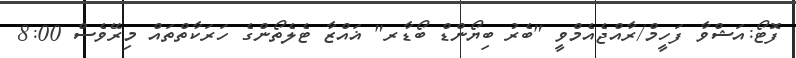
ފޮޓޯ:އަޝްވާ ފަހީމް/ރާއްޖެއެމްވީ "ބެރު ބިޔޯންޑް ބޯޑާރ" ޣައްޒާ ޓެލެތޯންގެ ހަރަކާތްތައް މިރޭވެސް 8:00